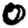
Digit: 0